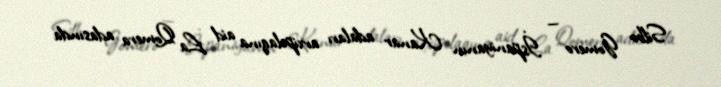
Silbo Gomero — İspaniyanın Kanar adaları arxipelaqına aid La Qomera adasında